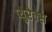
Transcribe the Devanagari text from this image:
प्युरेक्स